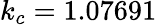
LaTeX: k_{c}=1.07691